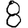
Digit: 8